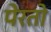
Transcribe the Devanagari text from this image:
पेरतो